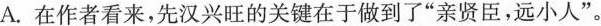
A.在作者看来，先汉兴旺的关键在于做到了”亲贤臣，远小人”。